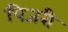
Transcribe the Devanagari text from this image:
पिजरी